Indian journal of veterinary science and animal husbandry - Volume 4,
Year: 1934
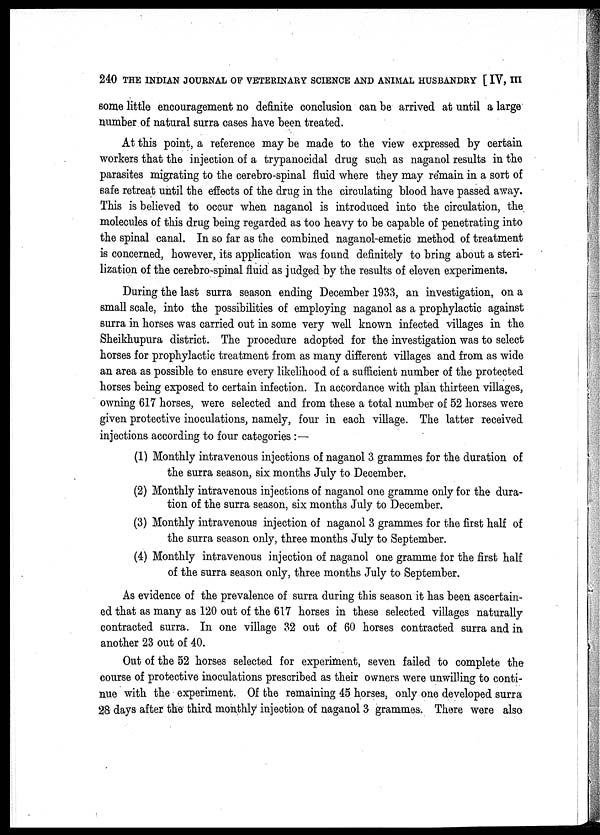
240 THE INDIAN JOURNAL OF VETERINARY SCIENCE AND ANIMAL HUSBANDRY [ IV, III
some little encouragement no definite conclusion can be arrived at until a large
number of natural surra cases have been treated.
At this point, a reference may be made to the view expressed by certain
workers that the injection of a trypanocidal drug such as naganol results in the
parasites migrating to the cerebro-spinal fluid where they may remain in a sort of
safe retreat until the effects of the drug in the circulating blood have passed away.
This is believed to occur when naganol is introduced into the circulation, the
molecules of this drug being regarded as too heavy to be capable of penetrating into
the spinal canal. In so far as the combined naganol-emetic method of treatment
is concerned, however, its application was found definitely to bring about a steri-
lization of the cerebro-spinal fluid as judged by the results of eleven experiments.
During the last surra season ending December 1933, an investigation, on a
small scale, into the possibilities of employing naganol as a prophylactic against
surra in horses was carried out in some very well known infected villages in the
Sheikhupura district. The procedure adopted for the investigation was to select
horses for prophylactic treatment from as many different villages and from as wide
an area as possible to ensure every likelihood of a sufficient number of the protected
horses being exposed to certain infection. In accordance with plan thirteen villages,
owning 617 horses, were selected and from these a total number of 52 horses were
given protective inoculations, namely, four in each village. The latter received
injections according to four categories :—
(1) Monthly intravenous injections of naganol 3 grammes for the duration of
the surra season, six months July to December.
(2) Monthly intravenous injections of naganol one gramme only for the dura-
tion of the surra season, six months July to December.
(3) Monthly intravenous injection of naganol 3 grammes for the first half of
the surra season only, three months July to September.
(4) Monthly intravenous injection of naganol one gramme for the first half
of the surra season only, three months July to September.
As evidence of the prevalence of surra during this season it has been ascertain-
ed that as many as 120 out of the 617 horses in these selected villages naturally
contracted surra. In one village 32 out of 60 horses contracted surra and in
another 23 out of 40.
Out of the 52 horses selected for experiment, seven failed to complete the
course of protective inoculations prescribed as their owners were unwilling to conti-
nue with the experiment. Of the remaining 45 horses, only one developed surra
28 days after the third monthly injection of naganol 3 grammes. There were also